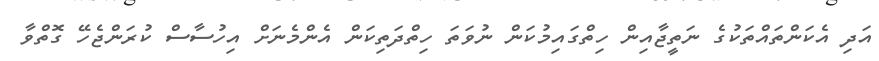
އަދި އެކަންތައްތަކުގެ ނަތީޖާއިން ހިތްގައިމުކަން ނުވަތަ ހިތްދަތިކަން އެންމެނަށް އިހުސާސް ކުރަންޖެހޭ ގޮތްވާ